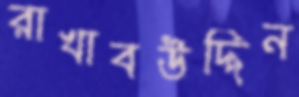
রাখাবউদ্দিন